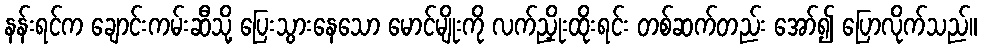
နန်းရင်က ချောင်းကမ်းဆီသို့ ပြေးသွားနေသော မောင်မျိုးကို လက်ညှိုးထိုးရင်း တစ်ဆက်တည်း အော်၍ ပြောလိုက်သည်။